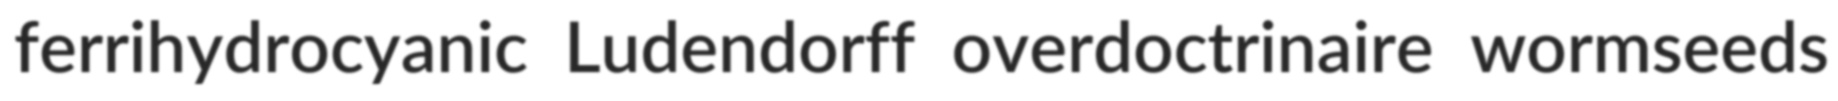
ferrihydrocyanic Ludendorff overdoctrinaire wormseeds